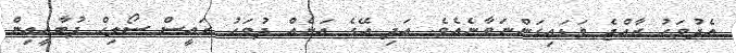
އެދުވަހު ރާއްޖެ ވަޑައިގަންނަވާނެއެވެ. އަދި އޭގެ އަނެއް ދުވަހު ރައީސް ސޯލިހް ދުބާއީއިން